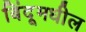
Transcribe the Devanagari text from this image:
बिंदूमधील